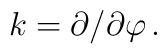
k = \partial/\partial\varphi\, .